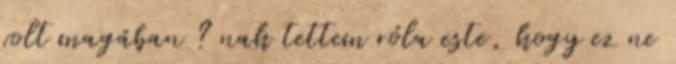
volt magában ? nah tettem róla este, hogy ez ne